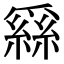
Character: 𦃟